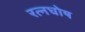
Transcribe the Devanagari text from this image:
रत्नघोष